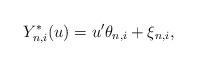
LaTeX: \begin{align*}Y_{n,i}^*(u)=u^{\prime }\theta_{n,i}+\xi_{n,i},\end{align*}